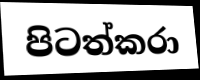
පිටත්කරා